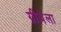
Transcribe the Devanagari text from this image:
ग्रीवेला